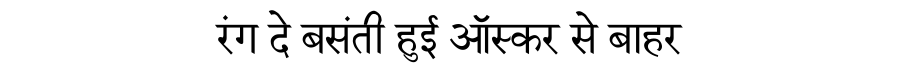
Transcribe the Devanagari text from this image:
रंग दे बसंती हुई ऑस्कर से बाहर